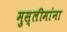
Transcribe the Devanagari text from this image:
मुस्लीमांना